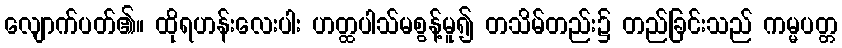
လျောက်ပတ်၏။ ထိုရဟန်းလေးပါး ဟတ္ထပါသ်မစွန့်မူ၍ တသိမ်တည်း၌ တည်ခြင်းသည် ကမ္မပတ္တ